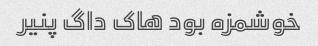
خوشمزه بود هاک داگ پنیر